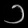
Digit: ၁